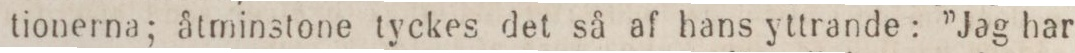
tionerna; åtminstone tyckes det så af hans yttrande: ”Jag har